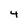
Character: 4